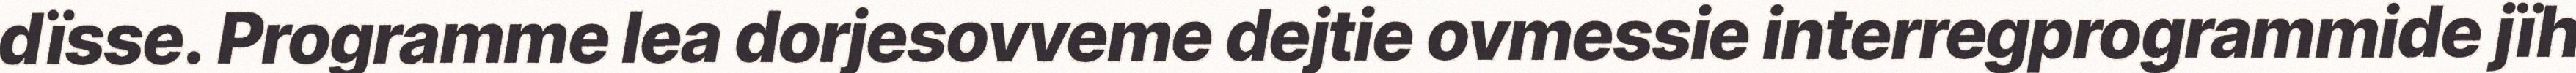
dïsse. Programme lea dorjesovveme dejtie ovmessie interregprogrammide jïh